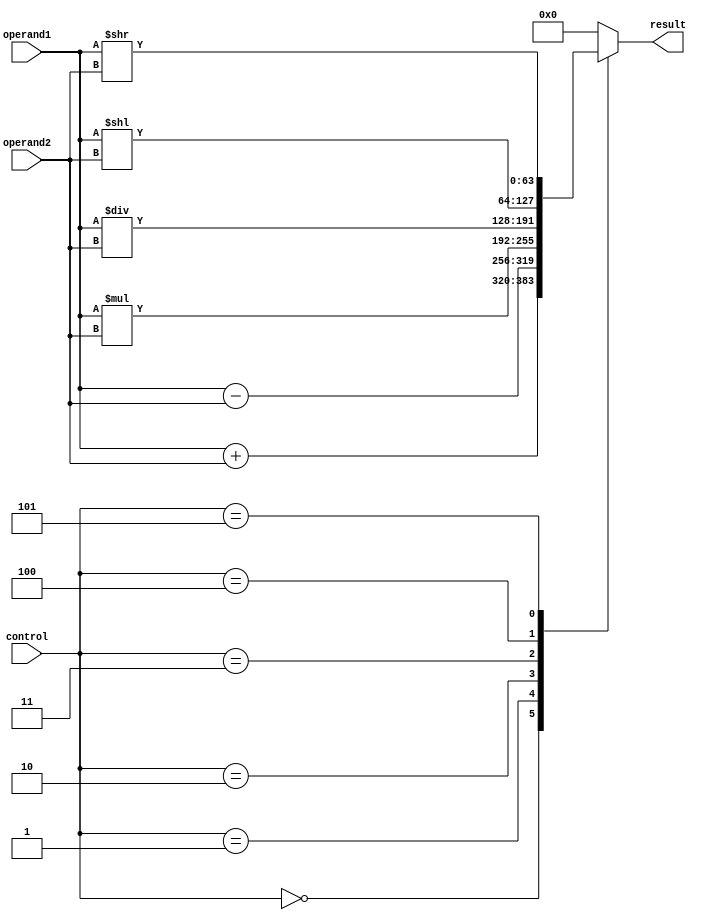
module ALU (
    input [63:0] operand1,
    input [63:0] operand2,
    input [2:0] control,
    output reg [63:0] result
);

always @(*) begin
    case(control)
        3'b000: result = operand1 + operand2; // Addition
        3'b001: result = operand1 - operand2; // Subtraction
        3'b010: result = operand1 * operand2; // Multiplication
        3'b011: result = operand1 / operand2; // Division
        3'b100: result = operand1 << operand2; // Left shift
        3'b101: result = operand1 >> operand2; // Right shift
        default: result = 64'h0000000000000000; // Default case
    endcase
end

endmodule